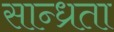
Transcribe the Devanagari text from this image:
सान्ध्रता